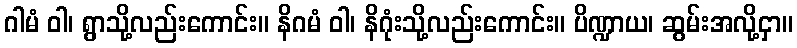
ဂါမံ ဝါ၊ ရွာသို့လည်းကောင်း။ နိဂမံ ဝါ၊ နိဂုံးသို့လည်းကောင်း။ ပိဏ္ဍာယ၊ ဆွမ်းအလို့ငှာ။